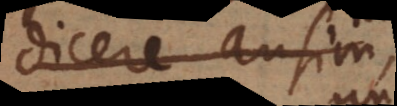
dicere ausim,